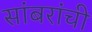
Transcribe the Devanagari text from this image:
सांबरांची